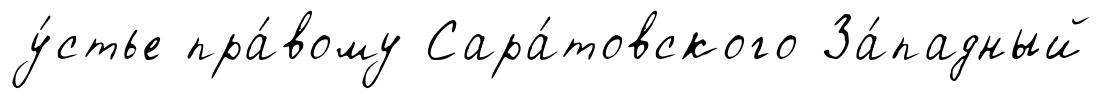
у́стье пра́вому Сара́товского За́падный